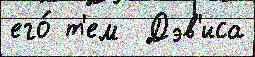
его́ т'ем  Дэв'иса